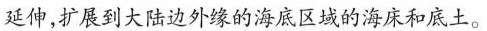
延伸，扩展到大陆边外缘的海底区域的海床和底土。